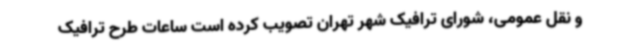
و نقل عمومی، شورای ترافیک شهر تهران تصویب کرده است ساعات طرح ترافیک